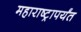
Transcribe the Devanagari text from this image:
महाराष्ट्रापर्यंत